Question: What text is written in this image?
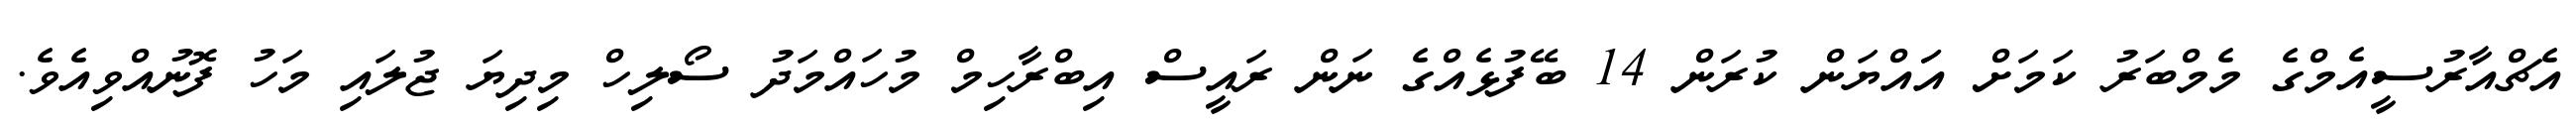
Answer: އެޗްއާރުސީއެމްގެ މެމްބަރު ކަމަށް އަައްޔަން ކުރަން 14 ބޭފުޅެއްގެ ނަން ރައީސް އިބްރާހިމް މުހައްމަދު ސޯލިހް މިދިޔަ ޖުލައި މަހު ފޮނުއްވިއެވެ.